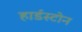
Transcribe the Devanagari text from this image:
हार्डस्टोन